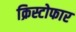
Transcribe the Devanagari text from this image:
क्रिस्टोफार